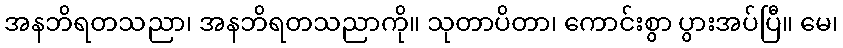
အနဘိရတသညာ၊ အနဘိရတသညာကို။ သုတာပိတာ၊ ကောင်းစွာ ပွားအပ်ပြီ။ မေ၊